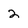
Character: 2